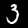
Label: 3